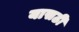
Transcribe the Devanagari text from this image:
यासठी